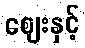
ဈေးနှင့်